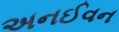
અનઈવન